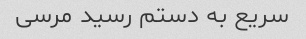
سریع به دستم رسید مرسی